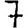
Digit: 7